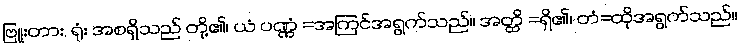
ဗြူးတား, ရုံး အစရှိသည် တို့၏၊ ယံ ပဏ္ဏံ =အကြင်အရွက်သည်။ အတ္ထိ =ရှိ၏၊ တံ=ထိုအရွက်သည်။